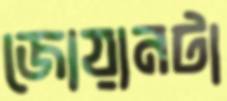
জোয়ানটা